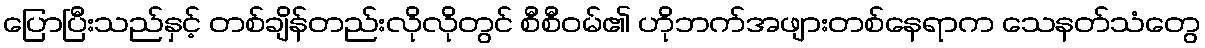
ပြောပြီးသည်နှင့် တစ်ချိန်တည်းလိုလိုတွင် စီစီဝမ်၏ ဟိုဘက်အဖျားတစ်နေရာက သေနတ်သံတွေ